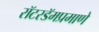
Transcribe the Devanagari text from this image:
रॉटरडॅमप्रमाणे